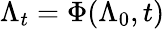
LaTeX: \Lambda_{t}=\Phi(\Lambda_{0},t)